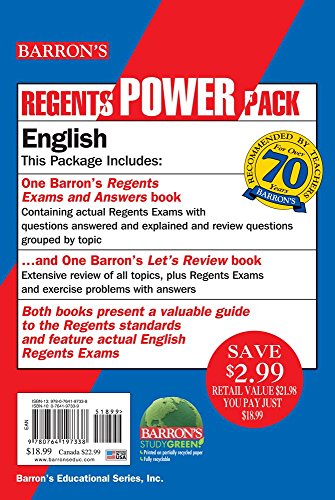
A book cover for English Power Pack (Regents Power Packs); Carol Chaitkin M.S.; Test Preparation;